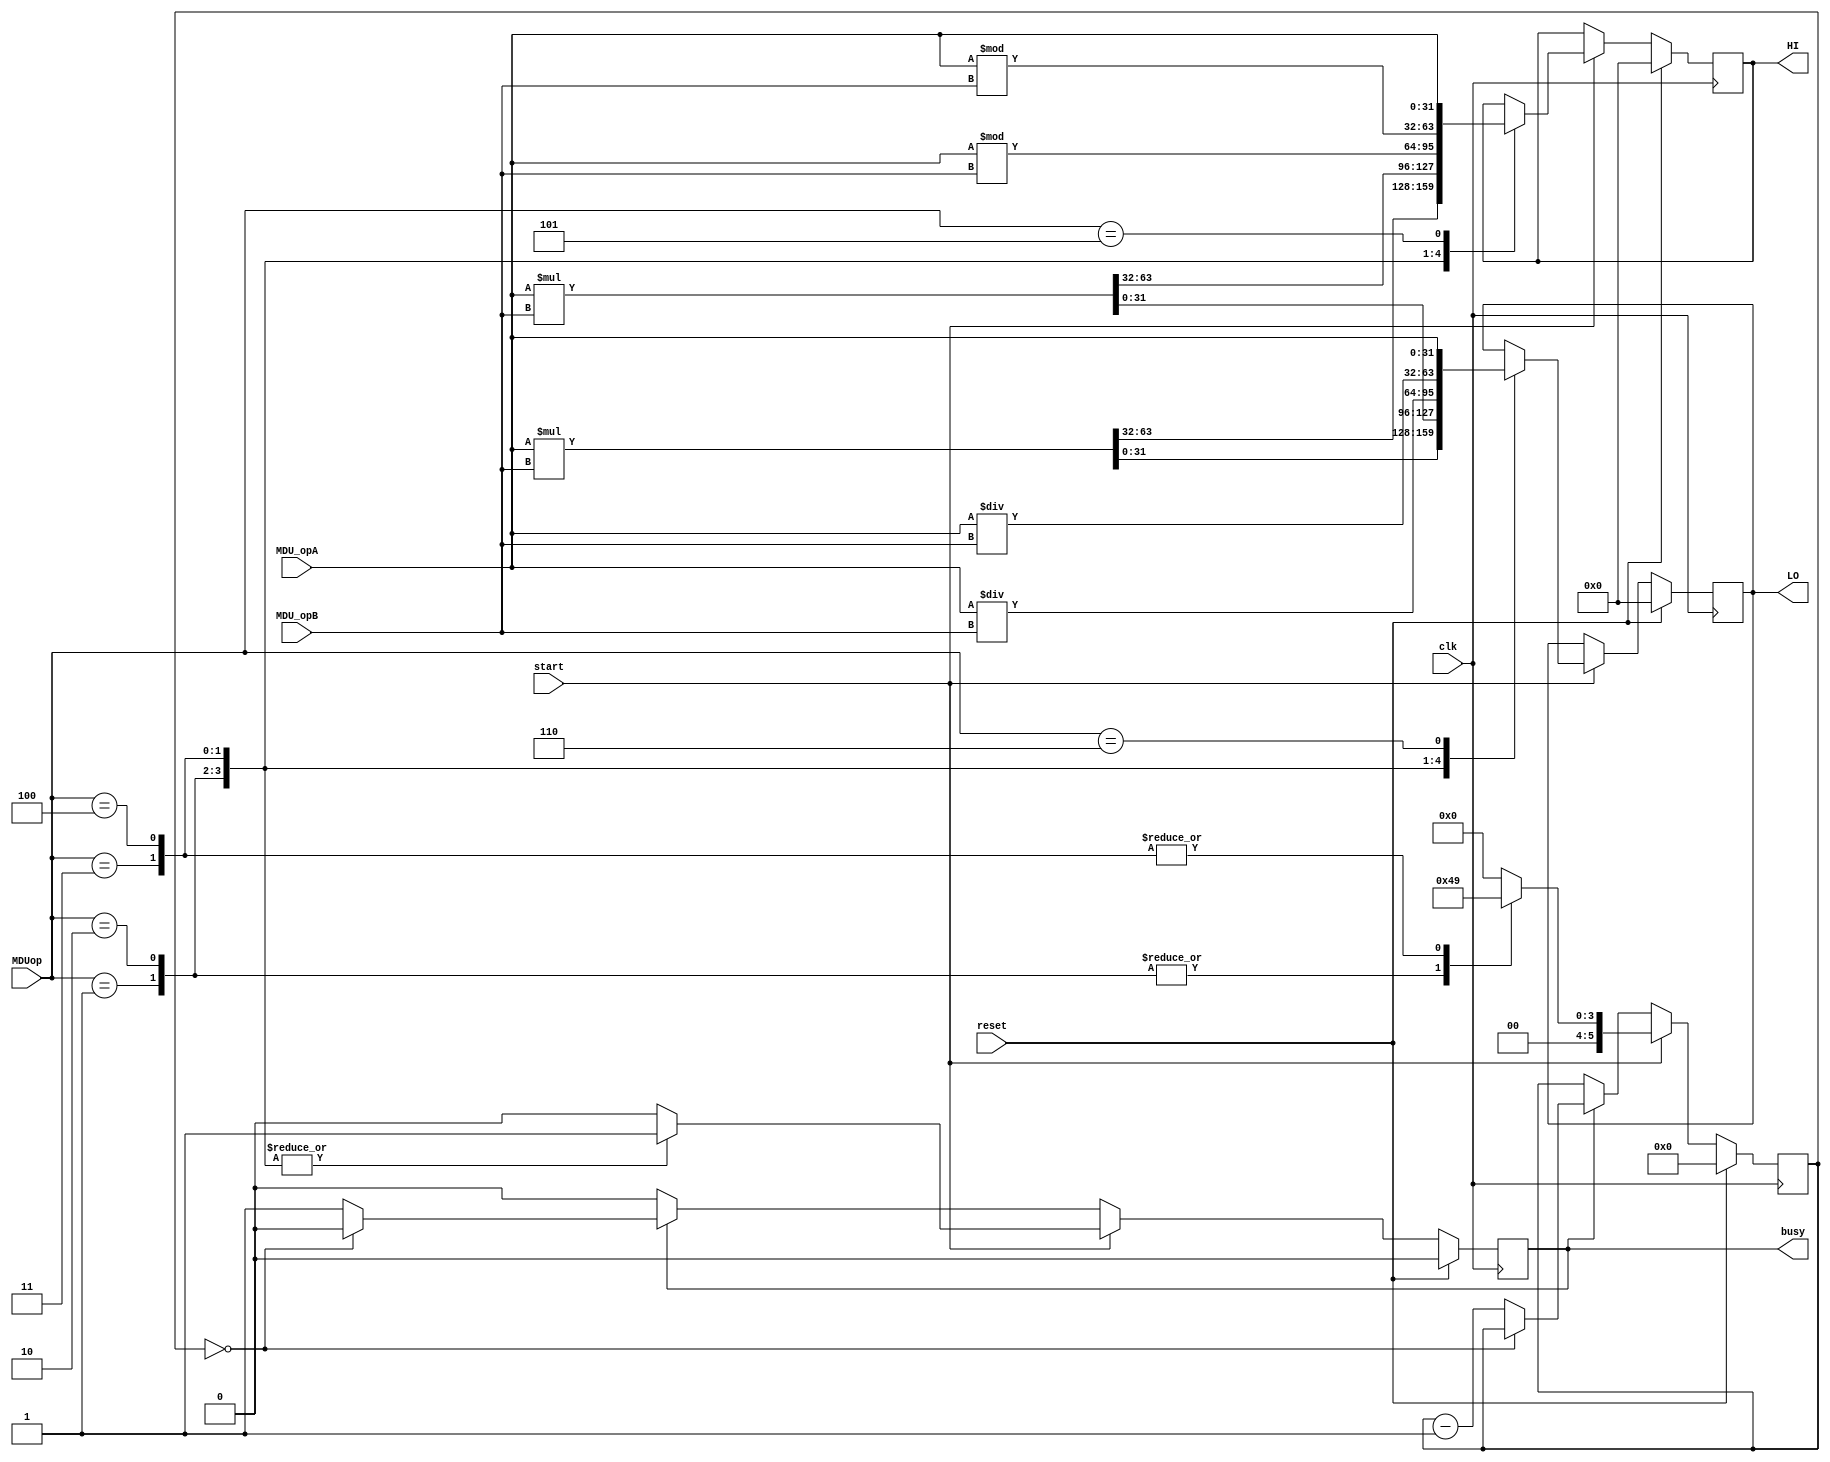
`timescale 1ns / 1ps
//////////////////////////////////////////////////////////////////////////////////
// Company: 
// Engineer: 
// 
// Design Name: 
// Module Name:    MDU 
// Project Name: 
// Target Devices: 
// Tool versions: 
// Description: 
//
// Dependencies: 
//
// Revision: 
// Revision 0.01 - File Created
// Additional Comments: 
//
//////////////////////////////////////////////////////////////////////////////////
module MDU(
    input clk,
    input reset,
	 input start,
	 input [31:0] MDU_opA,
	 input [31:0] MDU_opB,
	 input [3:0] MDUop,
	 output reg busy,
	 output reg [31:0] HI,
	 output reg [31:0] LO
    );
	 
	 reg [5:0] times;
	 reg [31:0] tempHI;
    reg [31:0] tempLO;
	 
	 // 00000001 A*B0010 A*B0011 A/B 
	 // 0100 A/B0101 HI 0110 LO 
	 
	 always @(posedge clk) begin
	     if (reset == 1'b1) begin
				HI <= 32'd0;
				LO <= 32'd0;
				tempHI <= 32'd0;
				tempLO <= 32'd0;
				times <= 6'd0;
				busy <= 1'b0;
		  end else begin
		      if (start == 1'b1) begin //  E start1
					 case(MDUop) 
					     4'b0001: begin  // 
						               {HI, LO} <= $signed(MDU_opA) * $signed(MDU_opB);
											times <= 6'd4;
											busy <= 1'b1;
						           end
						  4'b0010: begin  // 
						               {HI, LO} <= {32'd0,MDU_opA} * {32'd0, MDU_opB};
											times <= 6'd4;
											busy <= 1'b1;
									  end
						  4'b0011: begin  // 
						               {HI,LO} <= {$signed(MDU_opA) % $signed(MDU_opB),$signed(MDU_opA) / $signed(MDU_opB)};
											times <= 6'd9;
											busy <= 1'b1;
									  end
						  4'b0100: begin  // 
						               {HI,LO} <= {MDU_opA % MDU_opB, MDU_opA / MDU_opB};
											times <= 6'd9;
											busy <= 1'b1;
									  end
						  4'b0101: begin //  HI 
						               HI <= MDU_opA;
											times <= 6'd0;
											busy <= 1'b0;
									  end
						  4'b0110: begin //  LO 
						               LO <= MDU_opA;
						               times <= 6'd0;
					                  busy <= 1'b0;
						           end
						  default : begin
						               times <= 6'd0;
											busy <= 1'b0;
										end
						  
					 endcase
				end else if (busy == 1'b1) begin
				    if (times == 6'd0) begin
					     busy <= 1'b0;
					 end else begin
					     busy <= 1'b1;
						  times <= times - 6'd1;
					 end
					 
		     end
		 end
	 end
	 
	 


endmodule